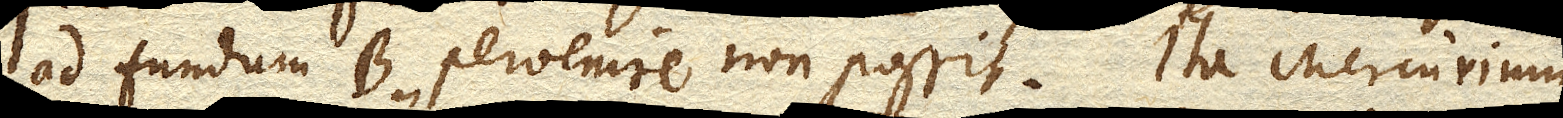
ad fundum B. pervenire non possit. Ita Mercurium